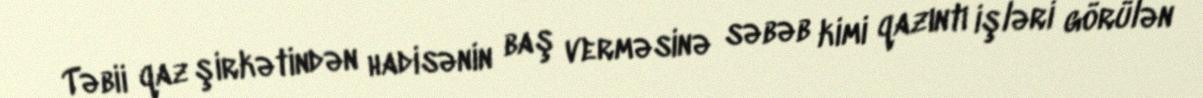
Təbii qaz şirkətindən hadisənin baş verməsinə səbəb kimi qazıntı işləri görülən